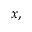
x ,